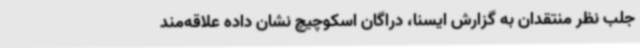
جلب نظر منتقدان به گزارش ایسنا، دراگان اسکوچیچ نشان داده علاقه‌مند